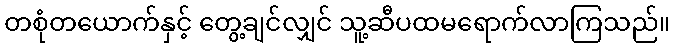
တစုံတယောက်နှင့် တွေ့ချင်လျှင် သူ့ဆီပထမရောက်လာကြသည်။